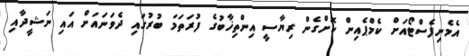
އެމެނިފެސްޓޯއަށް ކެމްޕެއިން ކޮށްގެން ރިޔާސީ އިންތިޚާބުގެ ފުރަތަމަ ބުރުގައި ދެވަނައަށް އައި ނަޝީދާއި